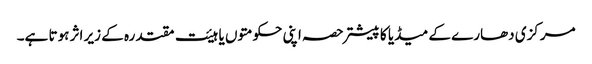
مرکزی دھارے کے میڈیا کا پیشتر حصہ اپنی حکومتوں یا ہیئت مقتدرہ کے زیر اثر ہوتا ہے۔